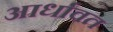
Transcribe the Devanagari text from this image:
आर्धावत